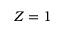
Z = 1